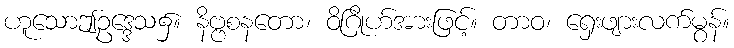
ဟူသောဤဥဒ္ဒေသ၌။ နိဗ္ဗစနတော၊ ဝိဂြိုဟ်အားဖြင့်။ တာဝ၊ ရှေးဖျားလက်မွန်။